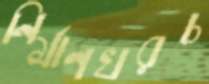
নির্মাণখরচ